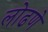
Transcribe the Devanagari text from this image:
लोढणे